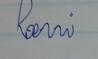
Signature authenticity: forged